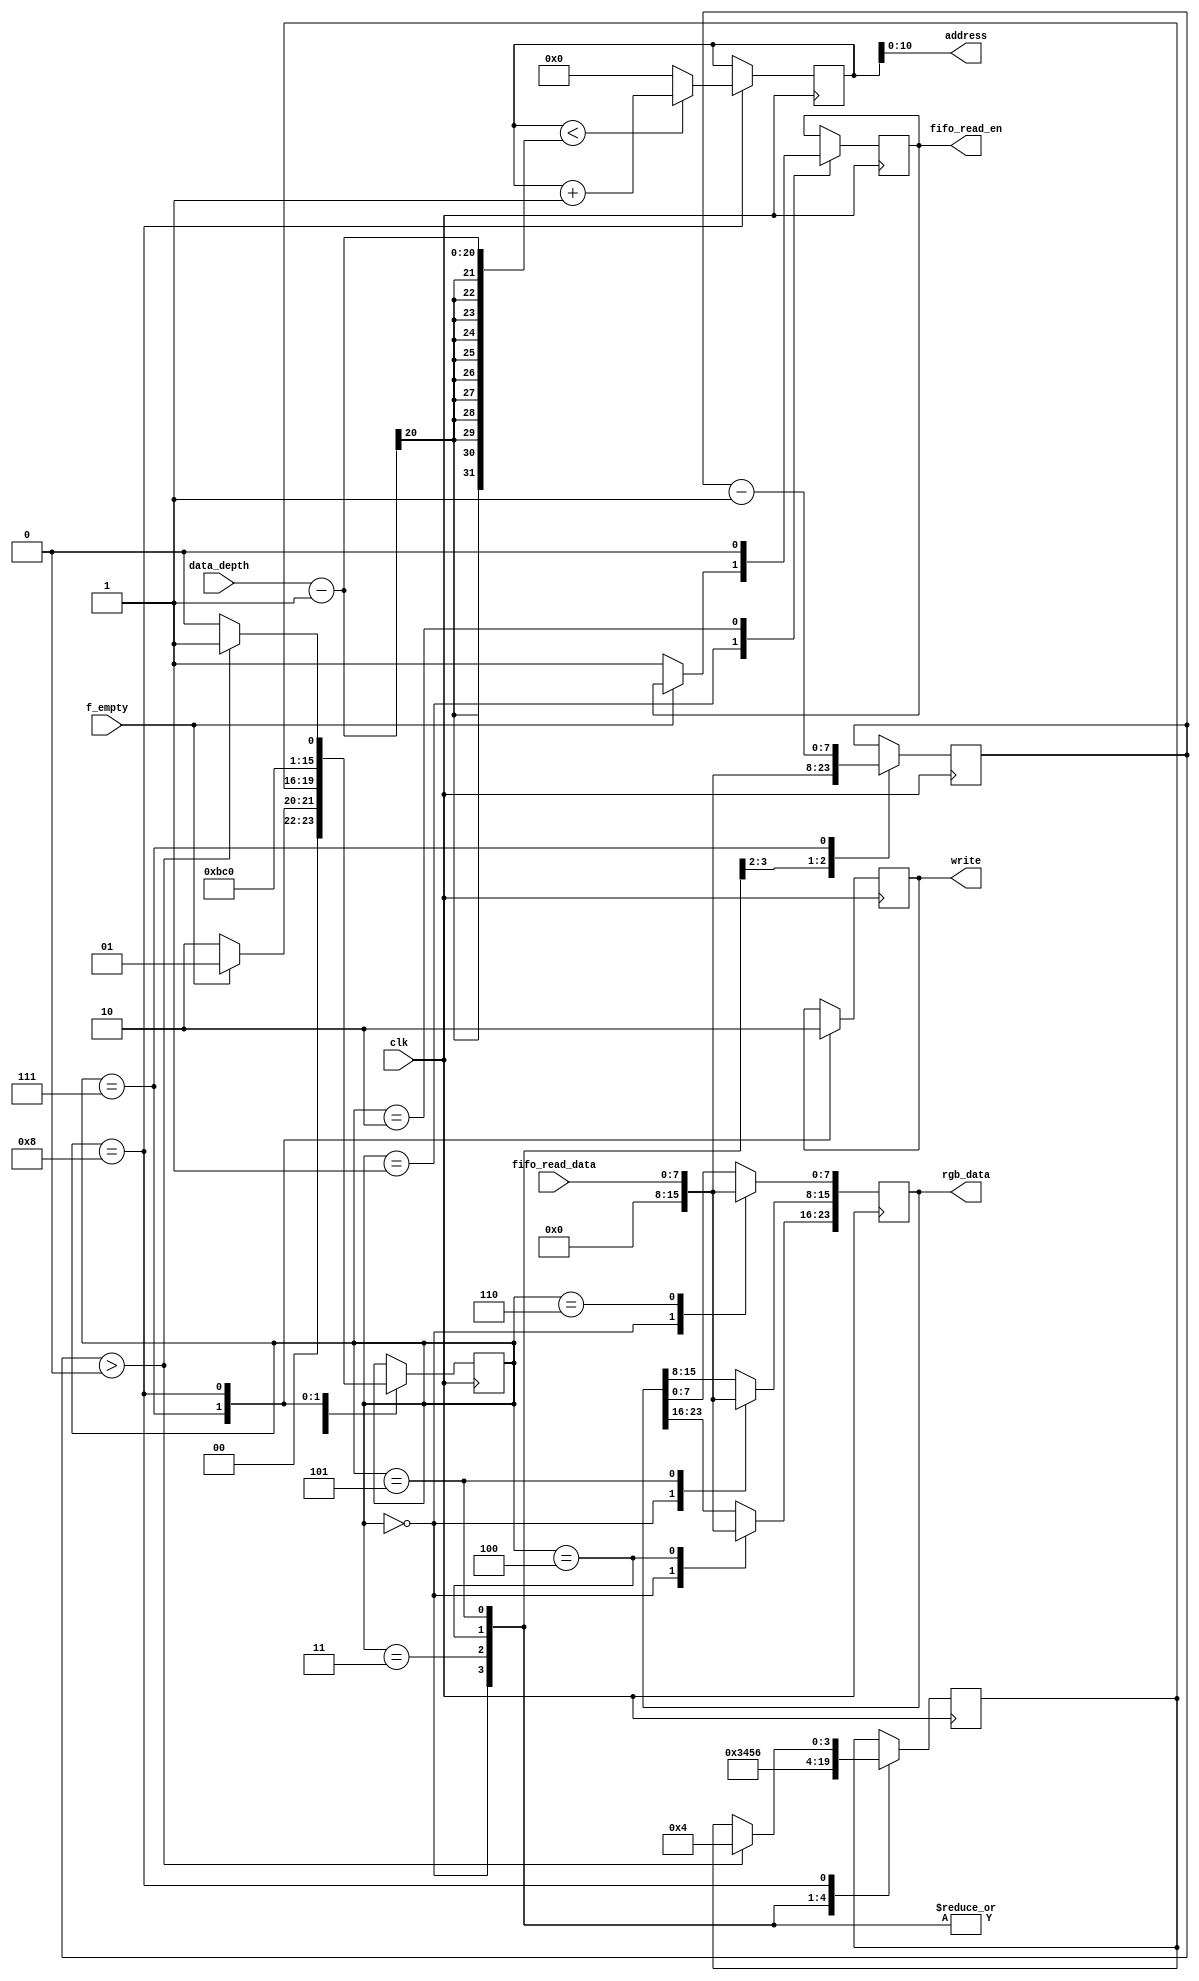
module ws2812_ctrl(
    /* Clock Signal */
    input                           clk,

    /* WR_FIFO Signals */
    input                           f_empty,
    input [PHY_FIFO_WIDTH-1:0]      fifo_read_data,
    output                          fifo_read_en,
    input [19:0]                    data_depth,
    /* WS2812 Signals */
    
    output                          write,
    output [23:0]                   rgb_data,
    output [10:0]                   address
);

/* Global Parameters */
parameter PHY_FIFO_WIDTH = 8;

/* Register declaration and instantiations */
reg [23:0]  r_rgb_data = 0;
reg         r_write = 0;
reg         r_fifo_read_en = 0;
reg [19:0]  r_address = 0;
reg         r_rst;
reg         r_reset;
reg [7:0]   length = 0;

/* State Machine Parameters */
reg [3:0]  state = 0;
reg [3:0]  post_wait_state = 0;
localparam IDLE                 = 4'h0;
localparam HOLD                 = 4'h1;
localparam FIFO_WAIT            = 4'h2;
localparam FIFO_READ_LENGTH     = 4'h3;
localparam FIFO_READ_GREEN      = 4'h4;
localparam FIFO_READ_RED        = 4'h5;
localparam FIFO_READ_BLUE       = 4'h6;
localparam WRITE                = 4'h7;
localparam WR_CONDITION         = 4'h8;


always @(posedge clk) begin
    case (state)
        IDLE: begin // 0
            r_rgb_data <= 0;
            length <= 0;
            r_reset <= 0;
            r_rst <= 0;
            post_wait_state <= FIFO_READ_LENGTH;
            state <= HOLD;
        end
        
        HOLD: begin // 1
            if(!f_empty) begin
                r_fifo_read_en <= 1;
                state <= FIFO_WAIT;
            end else begin
                state <= HOLD;
            end
        end
        
        FIFO_WAIT: begin // 2
            r_fifo_read_en <= 0;
            state <= post_wait_state;
        end
        
        FIFO_READ_LENGTH: begin // 3
            length <= fifo_read_data;
            post_wait_state <= FIFO_READ_GREEN;
            state <= HOLD;
        end
        
        FIFO_READ_GREEN: begin // 4
            r_rgb_data[23:16] <= fifo_read_data;
            post_wait_state <= FIFO_READ_RED;
            state <= HOLD;
        end
        
        FIFO_READ_RED: begin // 5
            r_rgb_data[15:8] <= fifo_read_data;
            post_wait_state <= FIFO_READ_BLUE;
            state <= HOLD;
        end
        
        FIFO_READ_BLUE: begin // 6
            r_rgb_data[7:0] <= fifo_read_data;
            state <= WRITE;
        end
        
        WRITE: begin // 7
            r_write <= 1;
            length <= length - 1;
            state <= WR_CONDITION;
        end
        
        WR_CONDITION: begin // 8
            r_write <= 0;
            
            if(r_address < data_depth-1) begin
                r_address <= r_address + 1;
            end else begin
                r_address <= 0;
            end
            
            if(length > 0) begin
                post_wait_state <= FIFO_READ_GREEN;
                state <= HOLD;
            end else begin
                state <= IDLE;
            end
        end
    endcase
end

assign rgb_data = r_rgb_data;
assign address = r_address;
assign write = r_write;
assign fifo_read_en = r_fifo_read_en;
endmodule